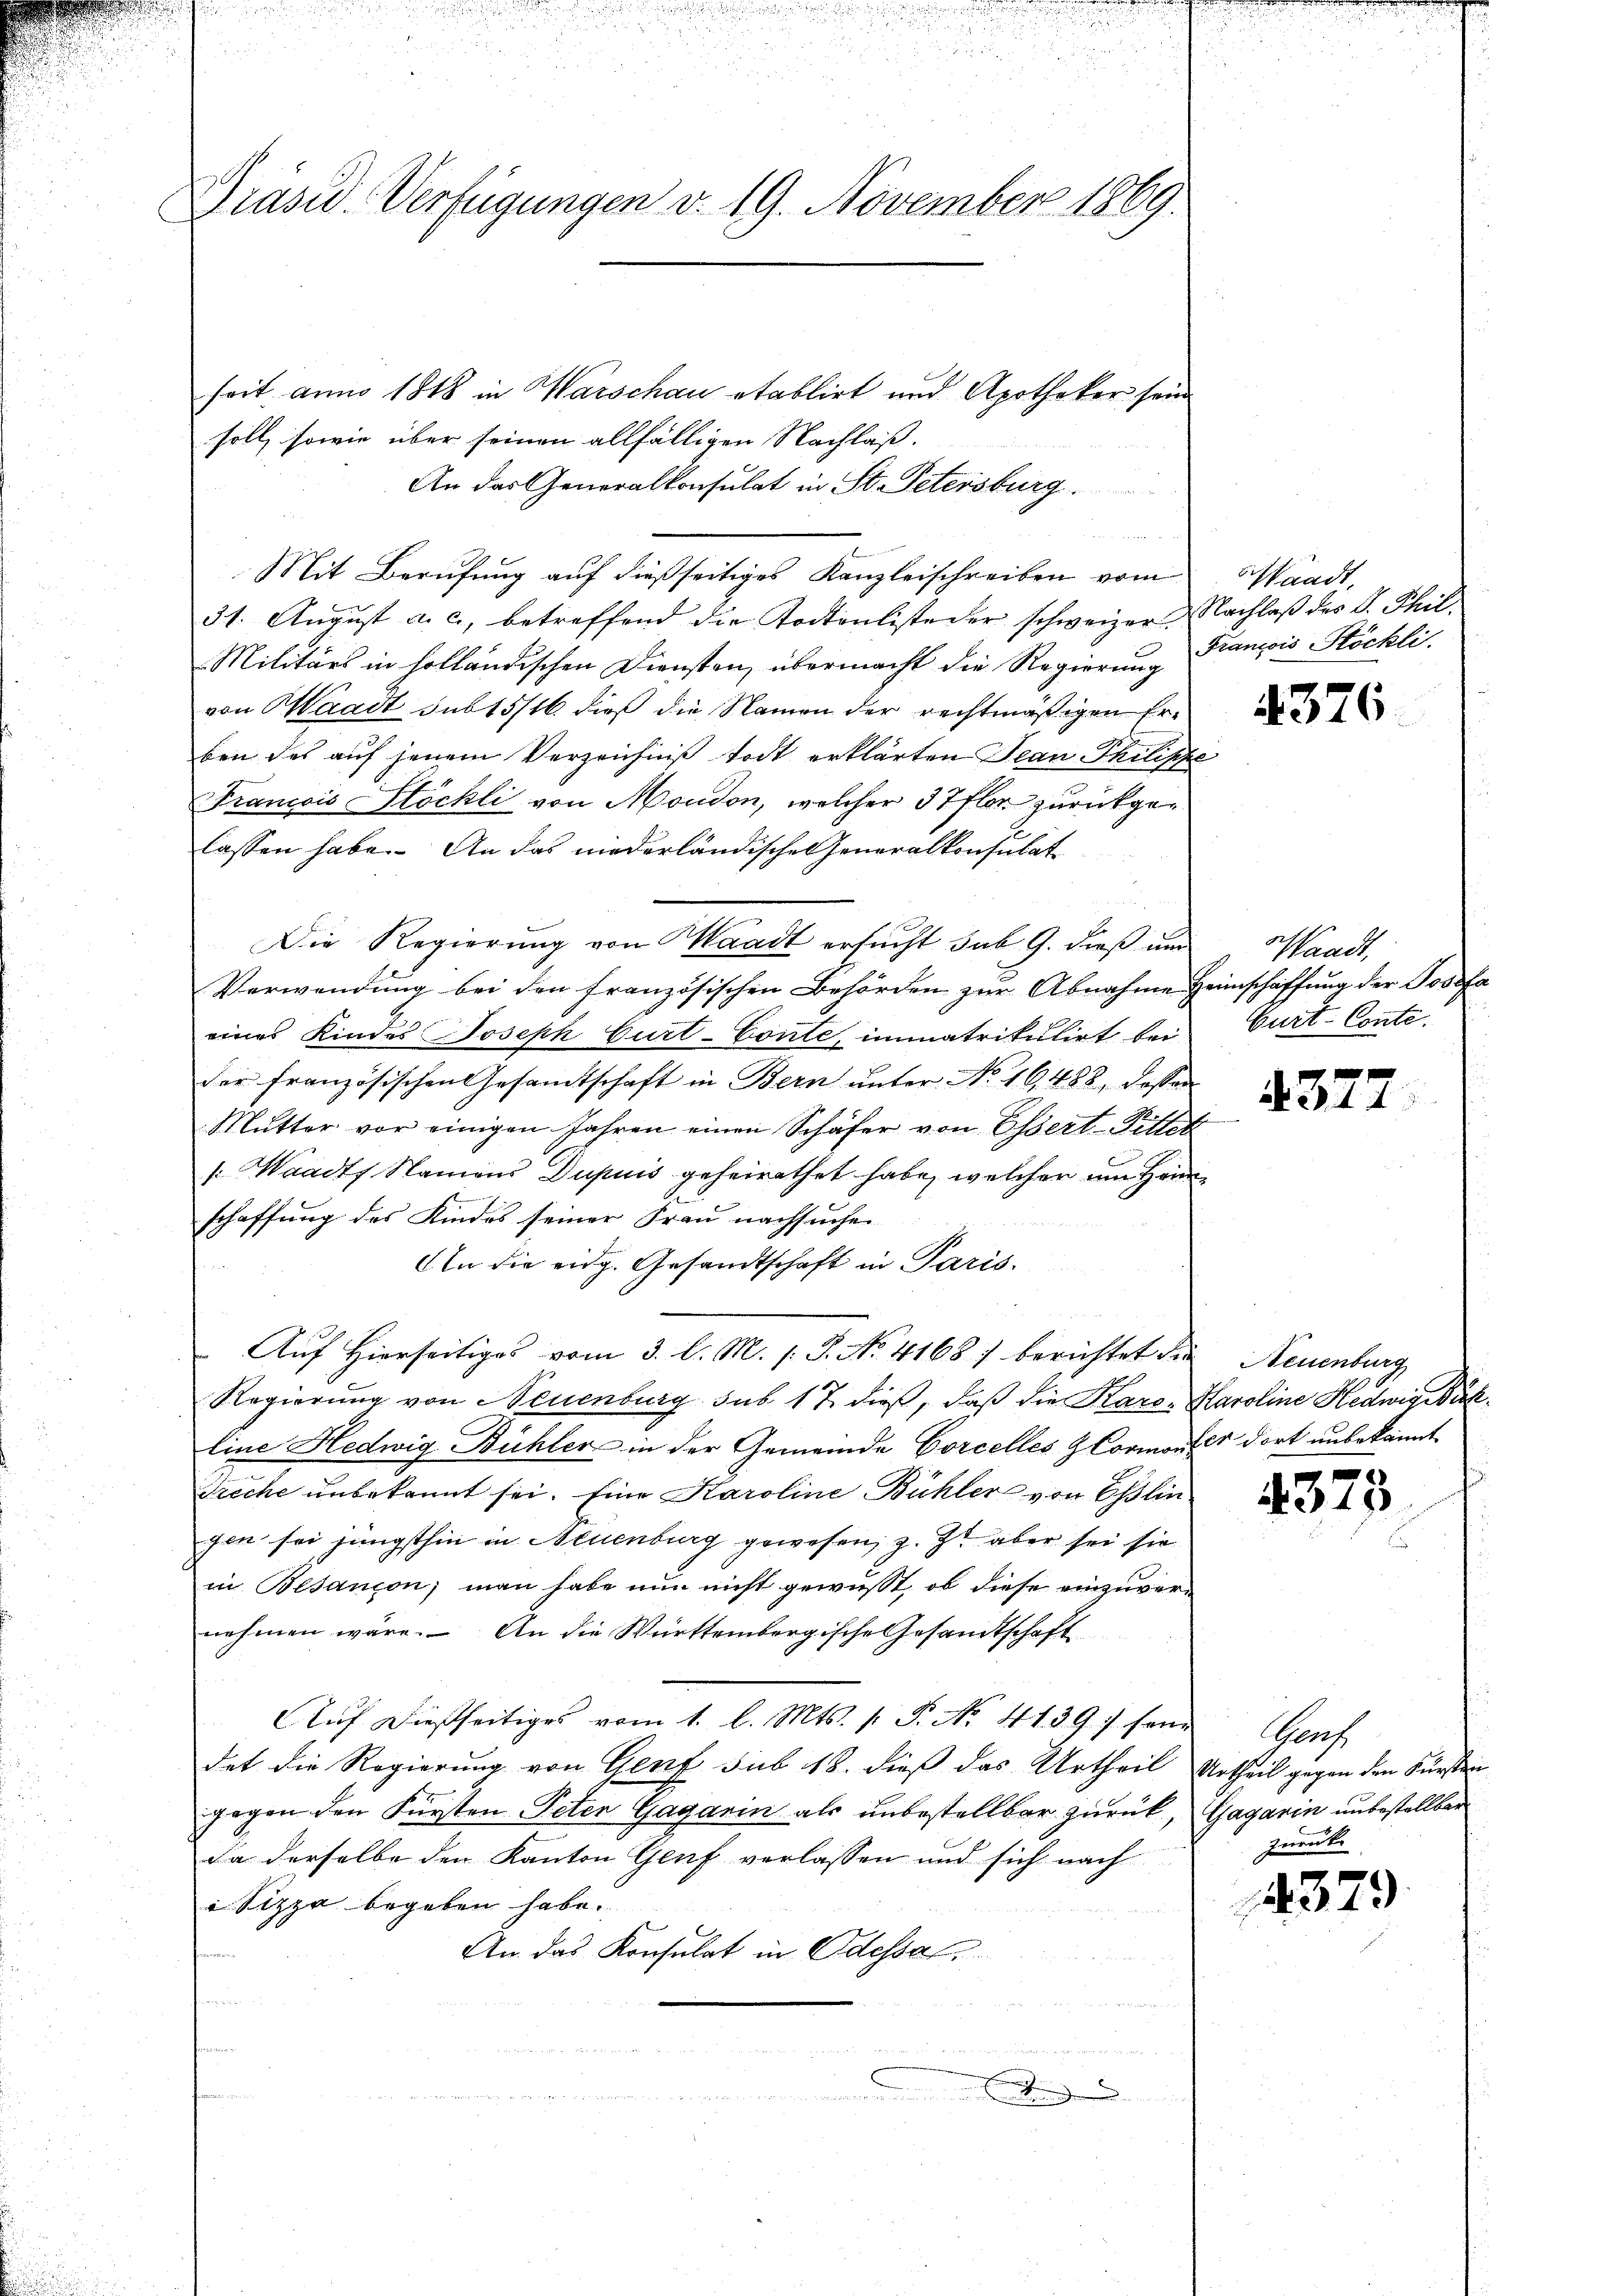
Präsid. Verfügungen v. 19. November 1869.

seit anno 1848 in Warschau etablirt und Apotheker sein
soll, sowie über seinen allfälligen Nachlaß.
An das Generalkonsulat in St. Petersburg.
Mit Berufung auf dießseitiges Kanzleischreiben vom
31. Aŭgŭst a. c., betreffend die Todtenlisteder schweizer Nachlaβ des S. Phil.
Militärs in holländischen Diensten übermacht die Regierung François Köchli
von Waadt sub 15116 dieß die Namen der rechtmäßigen Erben des auf jenem Verzeichniß todt erklärten Jean Philische
Francois Stöckli von Moudon, welcher 37 flor zurückgelassen habe. An das niederländische Generalkonsulat
Die Regierung von Waadt ersucht sub. G. dieß um
Verwendung bei den französischen Behörden zur Abnahme Heimschaffung der Josefa
eines Kindes Joseph Gurt-Conte, immatrikulirt bei
der französischen Gesamtschaft in Bern unter No. 16,488, dassen
Mutter vor einigen Jahren einen Schäfer von Essert-Fittet
[: Waadt, Namens Dupuis geheirathet habe, welcher um Herschaffung des Kindes seiner Frau nachsuche
An die eidg. Gesandtschaft in Paris.
Auf hierseitiges vom 3. l. M. s. S. No. 4168) berichtet die Neuenburg,
Regierung von Neuenburg sub. 17. dieß, daβ die Karo-Karoline Hedwig Rückline Hedwig Bühler in der Gemeinde Corcelles H Cormonter dort unbekannt
Preche unbekannt sei. Eine Karoline Bühler von Esslin
fen sei jüngsthin in Neuenburg gewesen, z. Zt. aber sei sie
in Besançon; man habe nun nicht gewusst, ob diese einzuver-
nehmen wäre. An die Württembergische Gesandtschaft
Aŭf dießseitiges vom 1. l. Mts. 1. P. Nr. 41397 sein Genf
dat die Regierung von Genf sub 18. dieß das Urtheil Urtheil gegen den Fürsten
gegen den Fürsten Peten Gagarin als unbestellbar zurück, Gagarin unbestellbar
Da derselbe den Kanton Genf verlassen und sich nach
 Sizza begeben habe.
An das Konsulat in Odessa
.........

Waadt,

4376.

Waadt,
Curt-Conte.

4377

4375

zurück.

4379